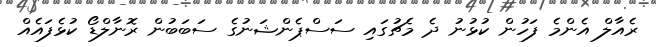
ރެއާލް އެންމެ ފަހުން ކުޅުނު ދެ މެޗުގައި ސަސްޕެންޝަނުގެ ސަބަބުން ރޮނާލްޑޯ ކުޅެފައެއް